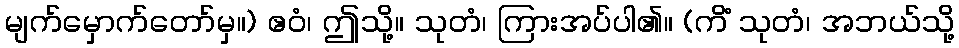
မျက်မှောက်တော်မှ။) ဧဝံ၊ ဤသို့။ သုတံ၊ ကြားအပ်ပါ၏။ (ကိံ သုတံ၊ အဘယ်သို့